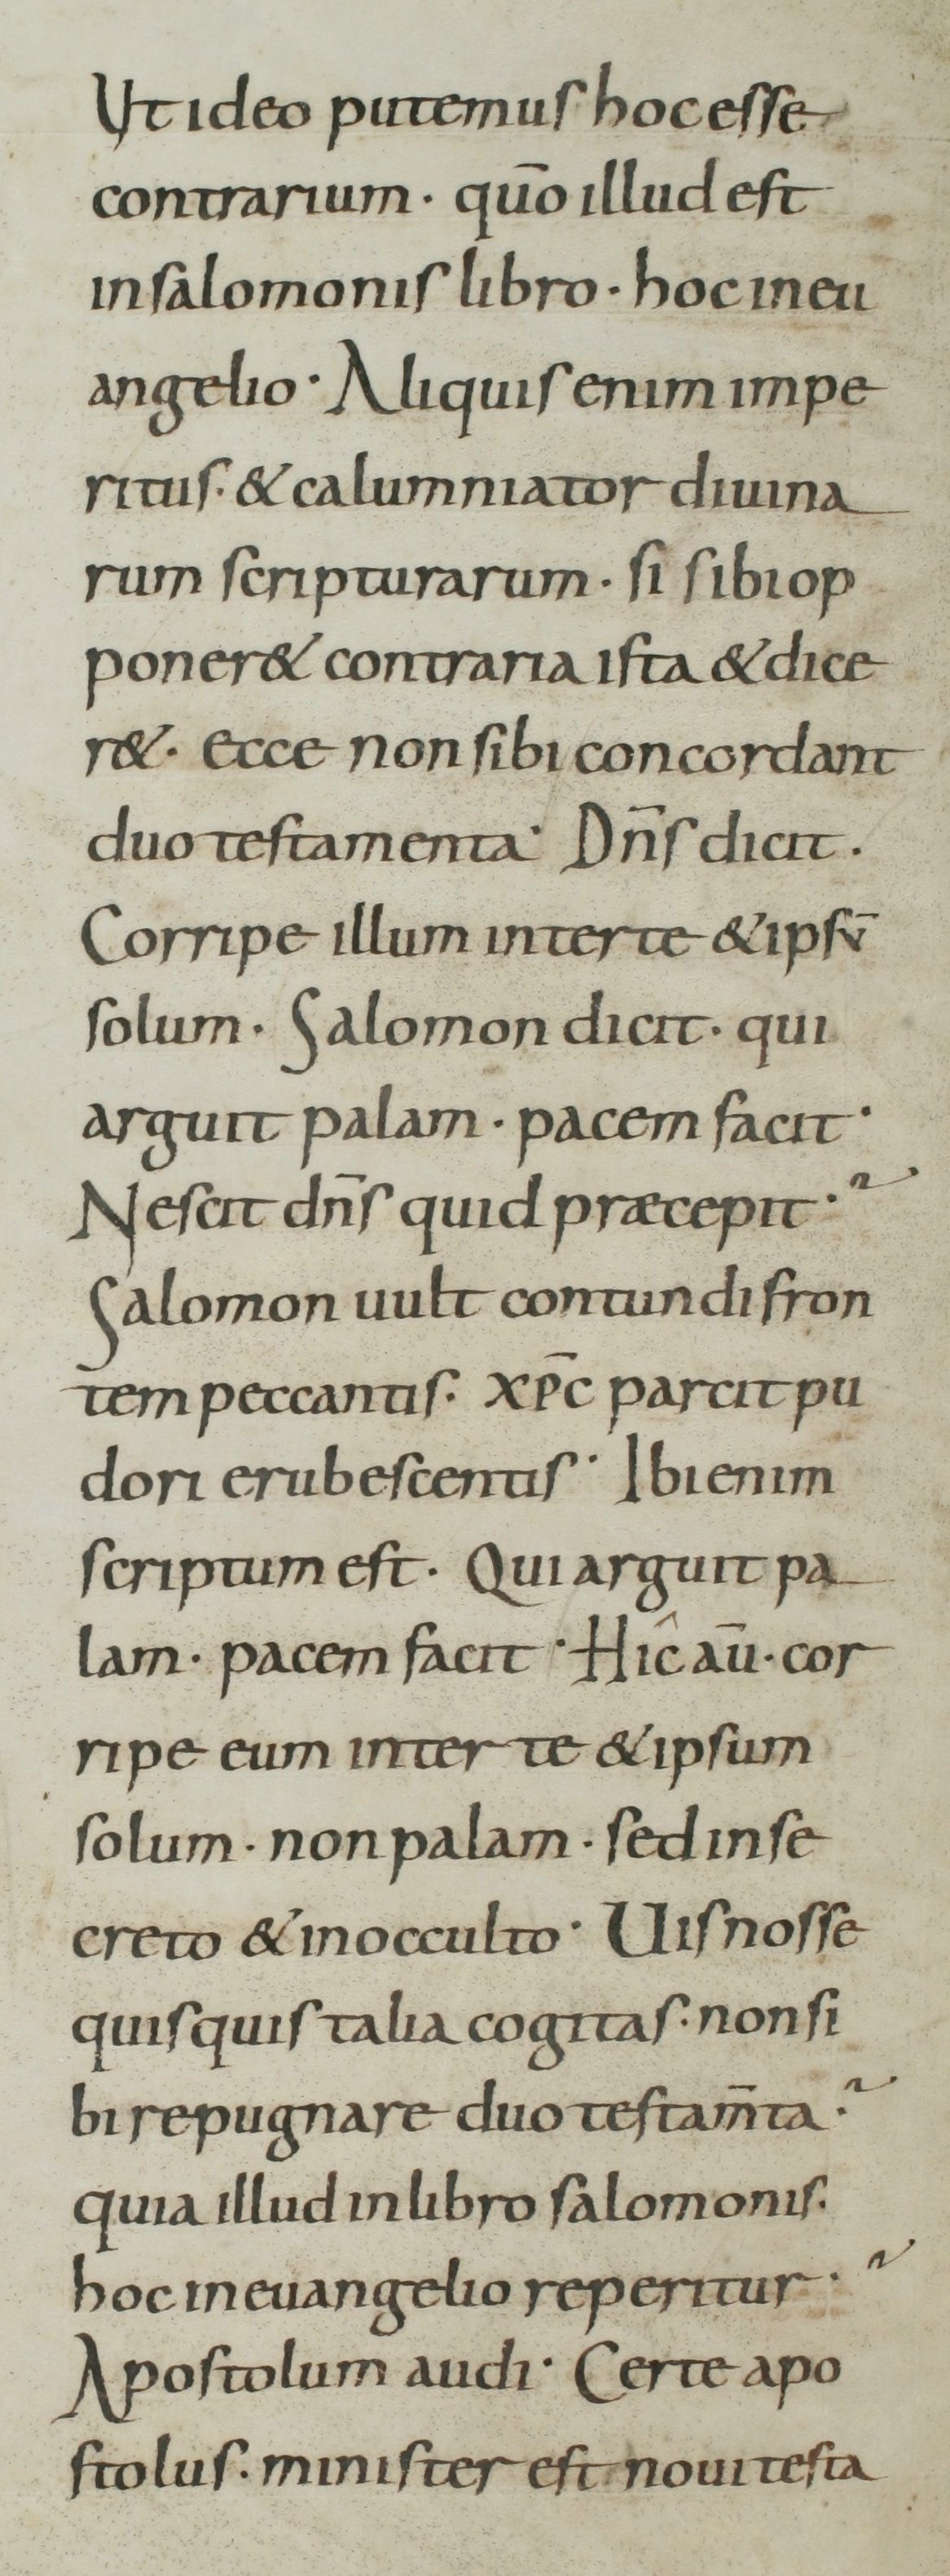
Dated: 800–899